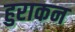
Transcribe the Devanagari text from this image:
हुराकन